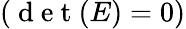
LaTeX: (\mathrm{~d~e~t~}(E)=0)